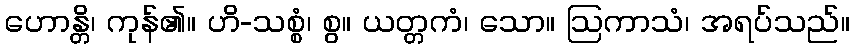
ဟောန္တိ၊ ကုန်၏။ ဟိ-သစ္စံ၊ စွ။ ယတ္တကံ၊ သော။ ဩကာသံ၊ အရပ်သည်။